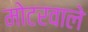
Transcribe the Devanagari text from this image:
मोटरवाले